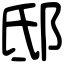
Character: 邸